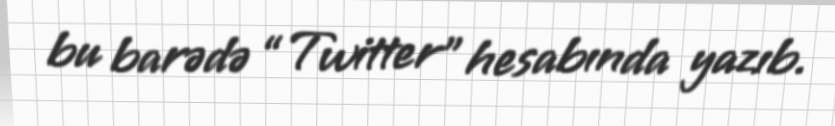
bu barədə “Twitter” hesabında yazıb.